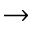
\rightarrow